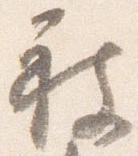
被